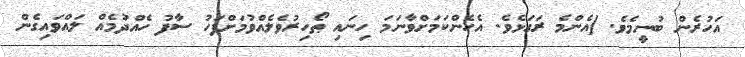
އަހުރެން ބުނީމެވެ. [އެންމެ ރަގަޅެވެ. އެހެންކަމަށްވާނަމަ ހިނައި ޠޯހިރުވެލެއްވުމަށްފަހު ސާފު ހެއްދުމެއް ލައްވައިގެން